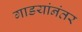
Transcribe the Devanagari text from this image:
गाडयांनंतर